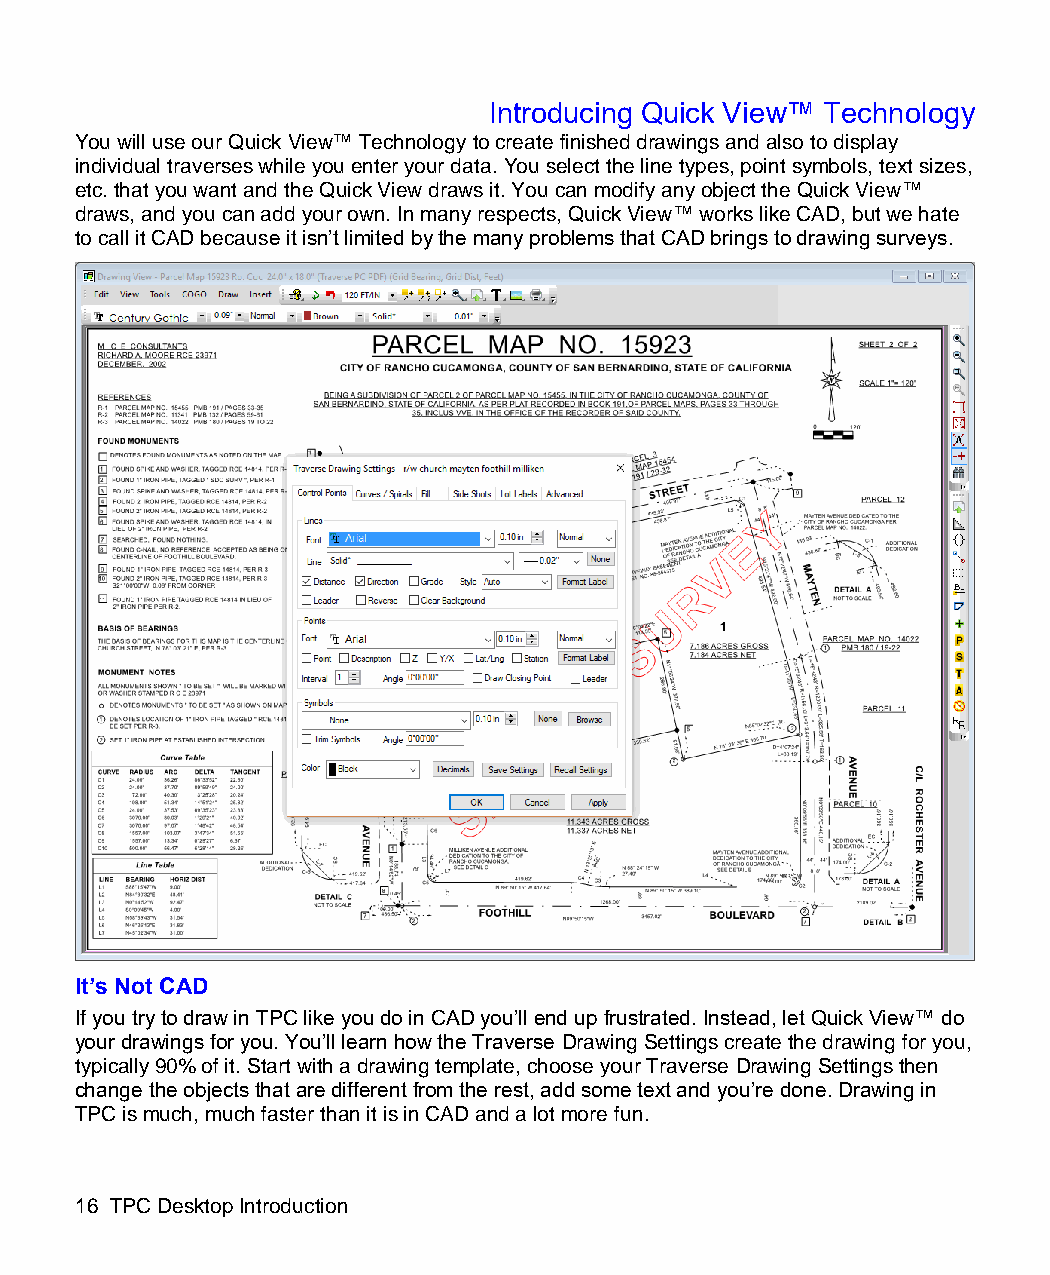
Introducing Quick View™ Technology
 You will use our Quick View™ Technology to create finished drawings and also to display
 individual traverses while you enter your data. You select the line types, point symbols, text sizes,
 etc. that you want and the Quick View draws it. You can modify any object the Quick View™
 draws, and you can add your own. In many respects, Quick View™ works like CAD, but we hate
 to call it CAD because it isn’t limited by the many problems that CAD brings to drawing surveys.
 It’s Not CAD
 If you try to draw in TPC like you do in CAD you’ll end up frustrated. Instead, let Quick View™ do
 your drawings for you. You’ll learn how the Traverse Drawing Settings create the drawing for you,
 typically 90% of it. Start with a drawing template, choose your Traverse Drawing Settings then
 change the objects that are different from the rest, add some text and you’re done. Drawing in
 TPC is much, much faster than it is in CAD and a lot more fun.
 16 TPC Desktop Introduction